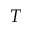
T